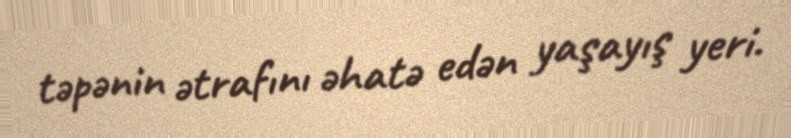
təpənin ətrafını əhatə edən yaşayış yeri.